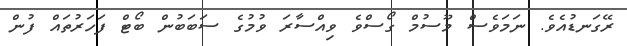
ރޭގަނޑުއެވެ. ނަމަވެސް މޫސުމް ގޯސްވެ ވިއްސާރަ ވުމުގެ ސަބަބުން ބޯޓް ފަހަރުތައް ފުން